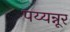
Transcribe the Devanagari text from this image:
पय्यन्नूर